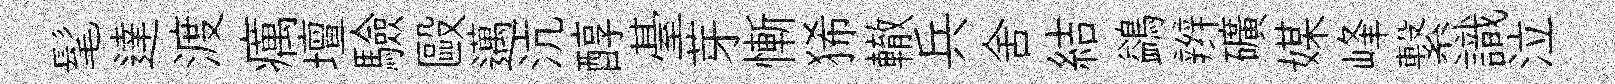
髦達渡癘壇驗毆邁沆醇䑓芽慚狶轍兵舍結鷁辫礦媒峰繋識泣